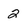
Character: 2